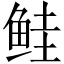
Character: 鲑